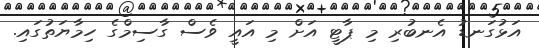
އަޅުގަނޑު އެނބުރި މި ޕާޓީ އަށް މި އައީ ވެސް ގާސިމްގެ ހިމާޔަތުގައި.